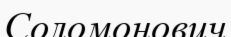
Соломонович